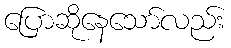
ပြောဆိုနေသော်လည်း